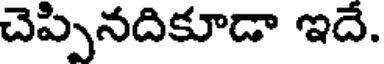
చెప్పినదికూడా ఇదే.